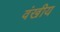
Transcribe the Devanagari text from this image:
वंखीय